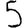
Digit: 5